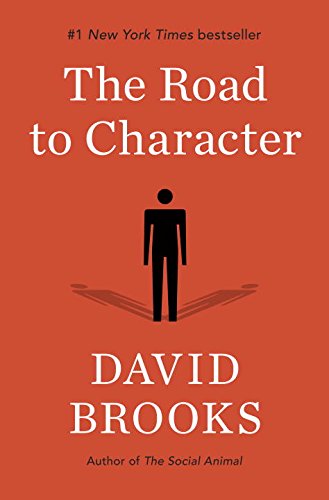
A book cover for The Road to Character; David Brooks; Self-Help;